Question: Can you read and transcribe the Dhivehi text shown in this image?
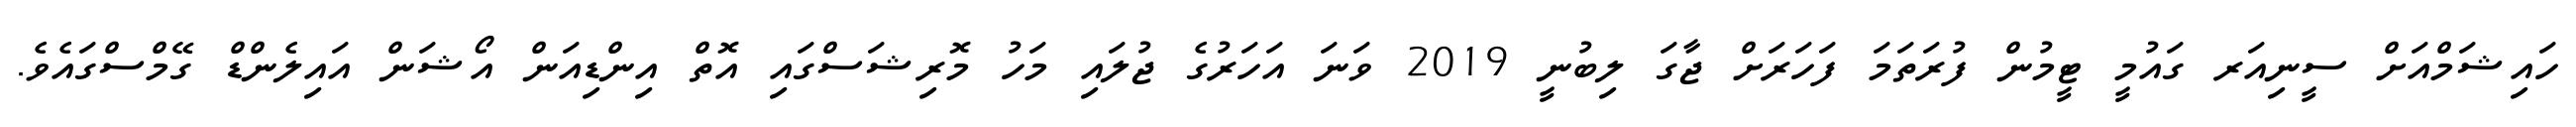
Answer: ހައިޝަމްއަށް ސީނިއަރ ގައުމީ ޓީމުން ފުރަތަމަ ފަހަރަށް ޖާގަ ލިބުނީ 2019 ވަނަ އަހަރުގެ ޖުލައި މަހު މޮރިޝަސްގައި އޮތް އިންޑިއަން އޯޝަން އައިލެންޑް ގޭމްސްގައެވެ.